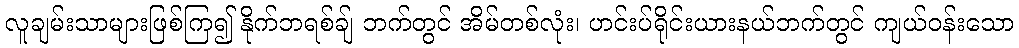
လူချမ်းသာများဖြစ်ကြ၍ နိုက်ဘရစ်ချ် ဘက်တွင် အိမ်တစ်လုံး၊ ဟင်းပ်ရိုင်းယားနယ်ဘက်တွင် ကျယ်ဝန်းသော